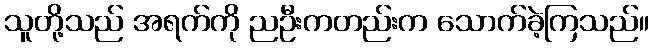
သူတို့သည် အရက်ကို ညဦးကတည်းက သောက်ခဲ့ကြသည်။